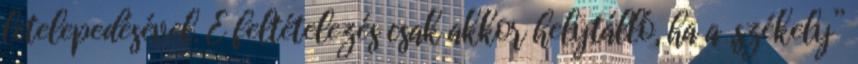
letelepedésével. E feltételezés csak akkor helytálló, ha a „székely”